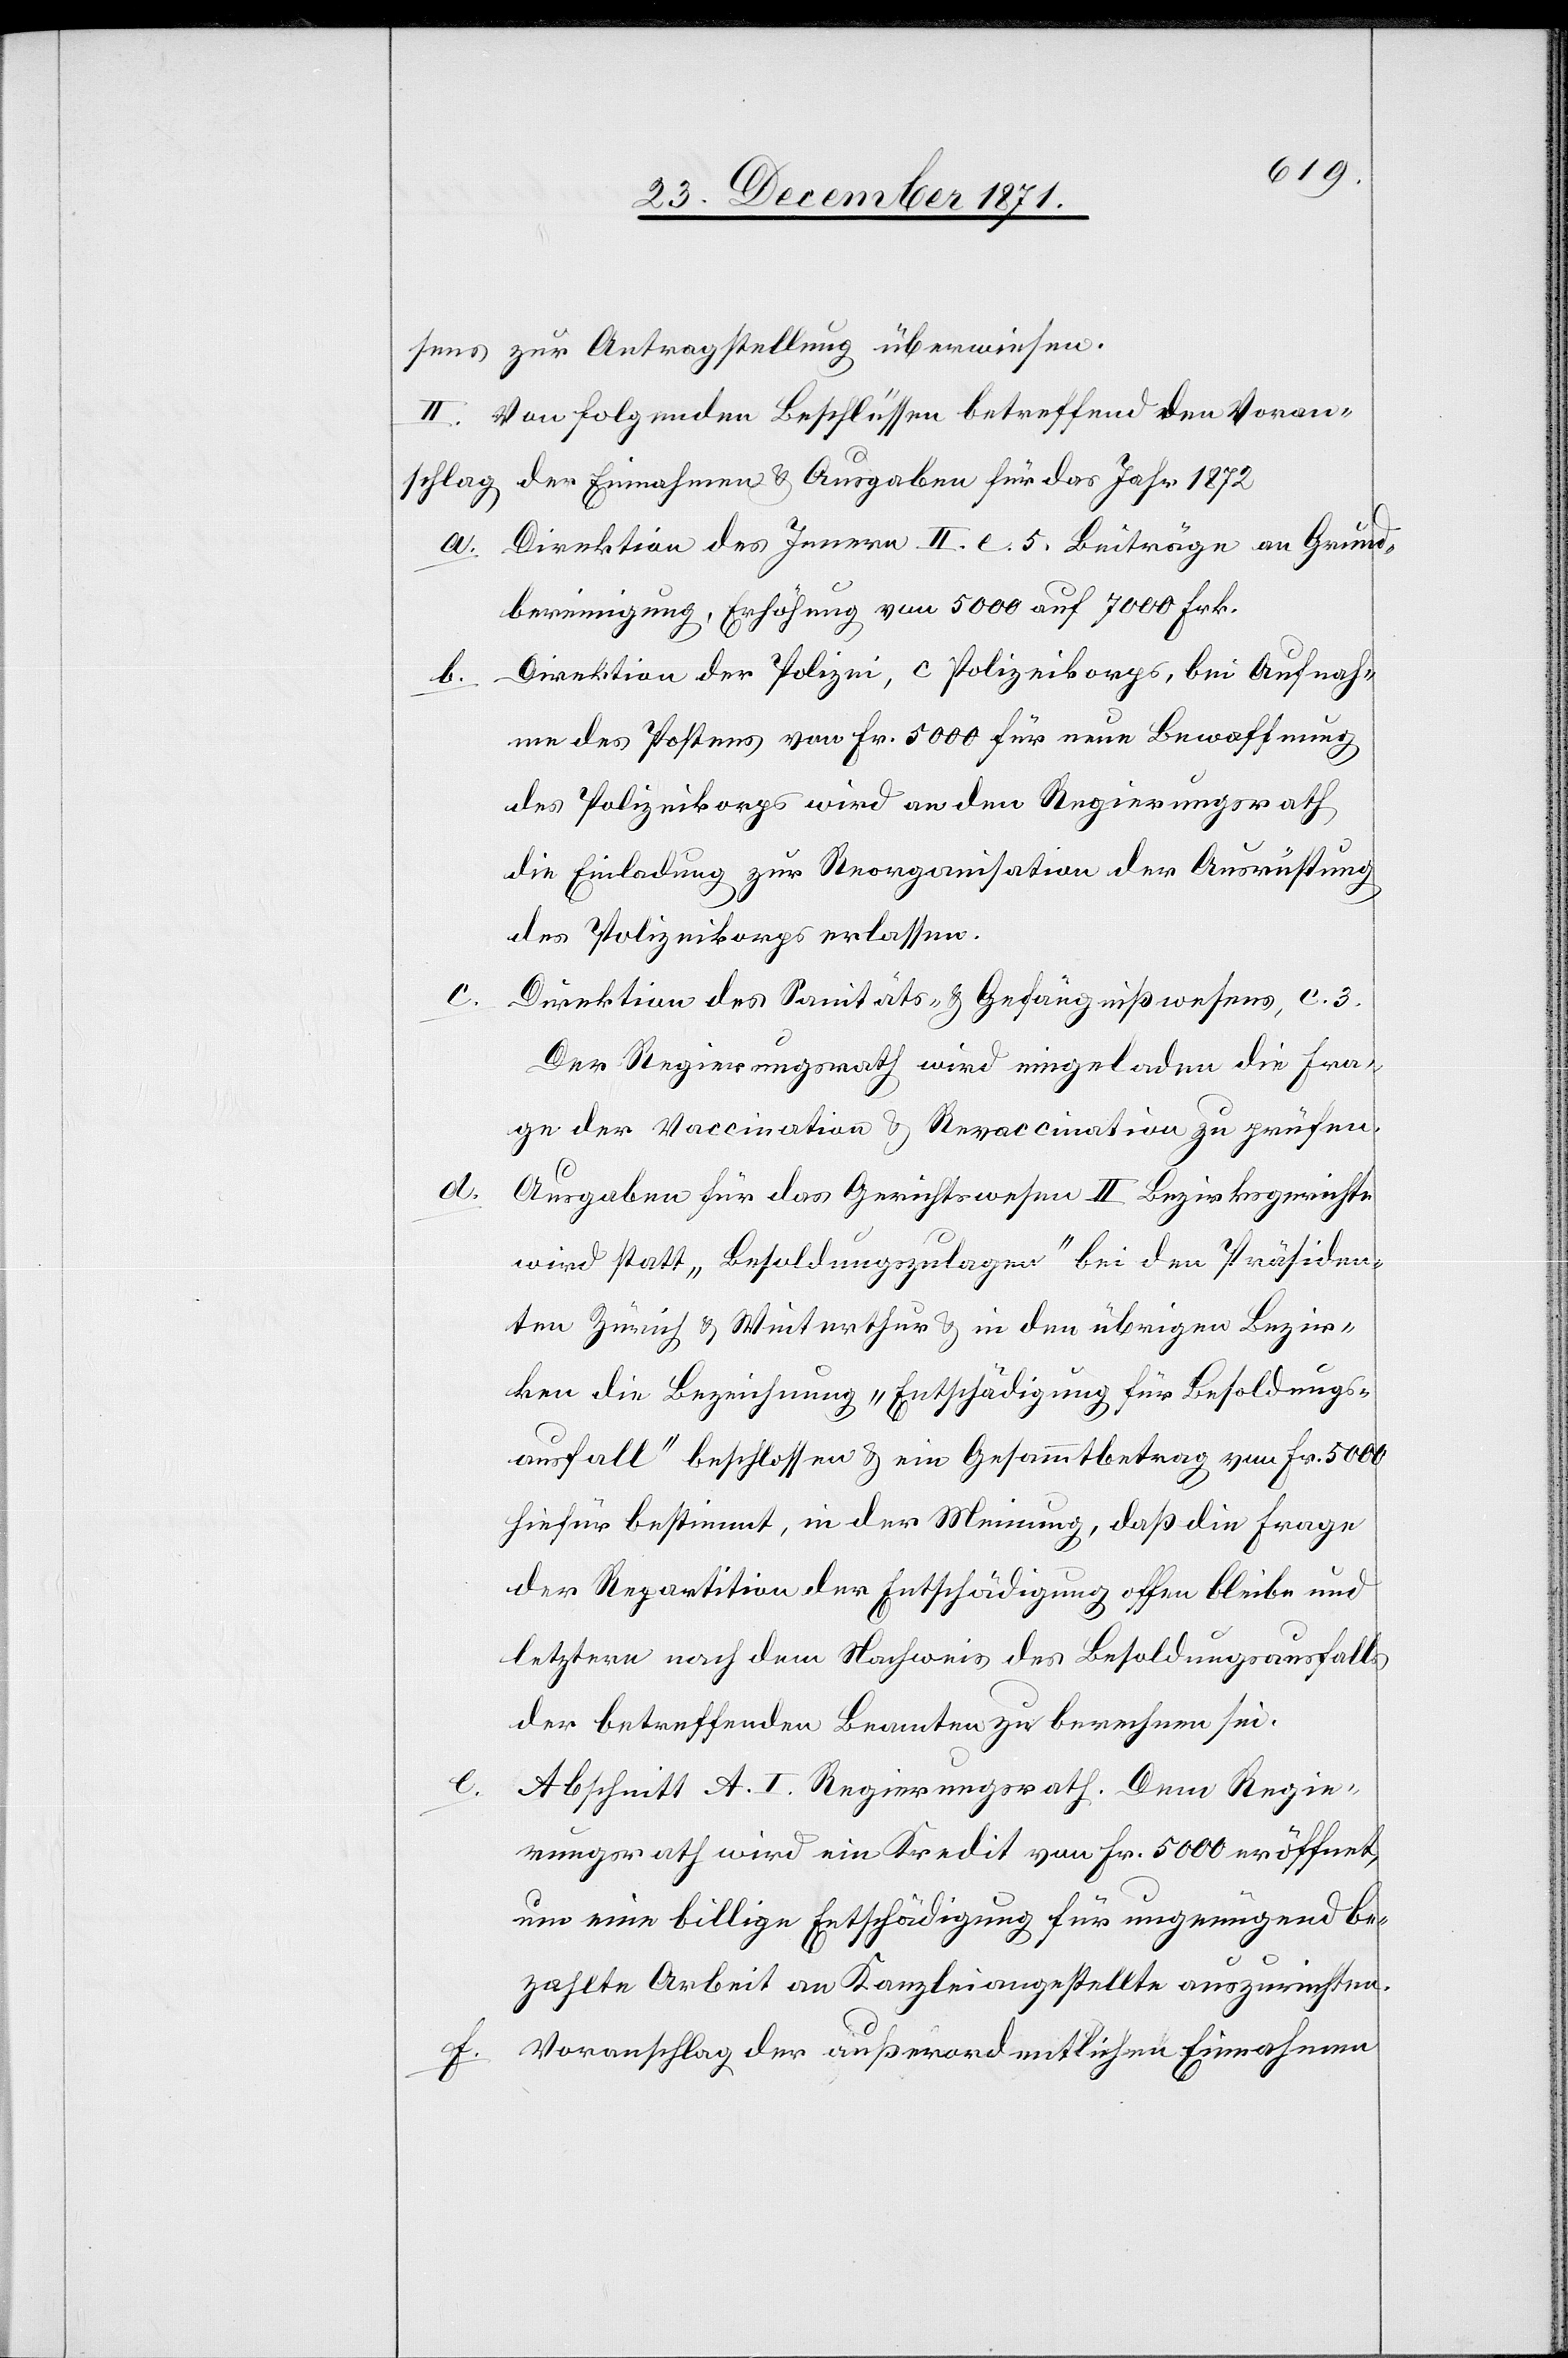
sens zur Antragstellung überwiesen.
II. Von folgenden Beschlüssen betreffend den Voran¬
schlag der Einnahmen & Ausgaben für das Jahr 1872
a. Direktion des Innern II. c. 5. Beiträge an Grund¬
bereinigung, Erhöhung von 5000 auf 7000 Frk.
Direktion der Polizei, c Polizeikorps, bei Aufnah¬
b.
me des Postens von Fr. 5000 für neue Bewaffnung
des Polizeikorps wird an den Regierungsrath
die Einladung zur Reorganisation der Ausrichtung
des Polizeikorps erlassen.
c.
Direktion des Sanitäts- & Gefängnißwesens, c. 3.
Der Regierungsrath wird eingeladen die Fra¬
ge der Vaccination & Revaccination zu prüfen.
d.
Ausgaben für das Gerichtswesen II Bezirksgerichte
wird statt „Besoldungszulagen“ bei den Präsiden¬
ten Zürich & Winterthur & in den übrigen Bezir¬
ken die Bezeichnung „Entschädigung für Besoldungs¬
ausfall“ beschlossen & ein Gesammtbetrag von Fr. 5000
hiefür bestimmt, in der Meinung, daß die Frage
der Repartition der Entschädigung offen bleiben und
letztere nach dem Nachweis des Besoldungsausfalls
der betreffenden Beamten zu berechnen sei.
e.
Abschnitt A. I. Regierungsrath. Dem Regie¬
rungsrath wird ein Kredit von Fr. 5000 eröffnet,
um eine billige Entschädigung für ungenügend be¬
zahlte Arbeit an Kanzleiangestellte auszurichten.
f. Voranschlag der außerordentlichen Einnahme